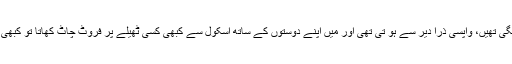
جب سے امی نئے اسکول میں جانے لگی تھیں، واپسی ذرا دیر سے ہو تی تھی اور میں اپنے دوستوں کے ساتھ اسکول سے کبھی کسی ٹھیلے پر فروٹ چاٹ کھاتا تو کبھی کسی ڈھابے پر ہم مل کر چائے پیتے۔